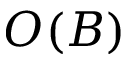
O ( B )